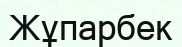
Жұпарбек